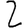
Digit: 2